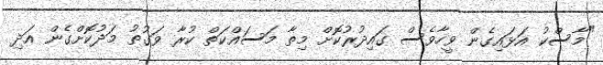
"މާސްކު އަޅައިގެން ވީހާވެސް ގައިދުރުކޮށް މިތާ މަސައްކަތް ކުރާ ވަގުތު މަދުކޮށްގެން އަދި